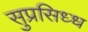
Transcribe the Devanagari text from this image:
सुप्रसिध्ध